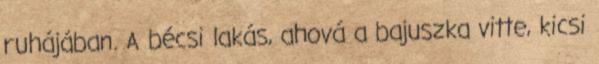
ruhájában. A bécsi lakás, ahová a bajuszka vitte, kicsi